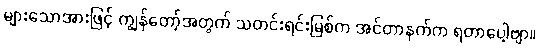
များသောအားဖြင့် ကျွန်တော့်အတွက် သတင်းရင်းမြစ်က အင်တာနက်က ရတာပေါ့ဗျာ။